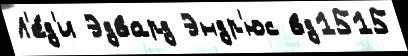
Л'е́д'и Эдвард Эндр'юс вд1515